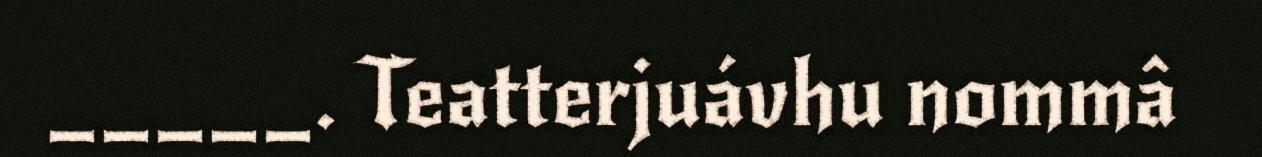
_____. Teatterjuávhu nommâ